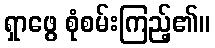
ရှာဖွေ စုံစမ်းကြည့်၏။